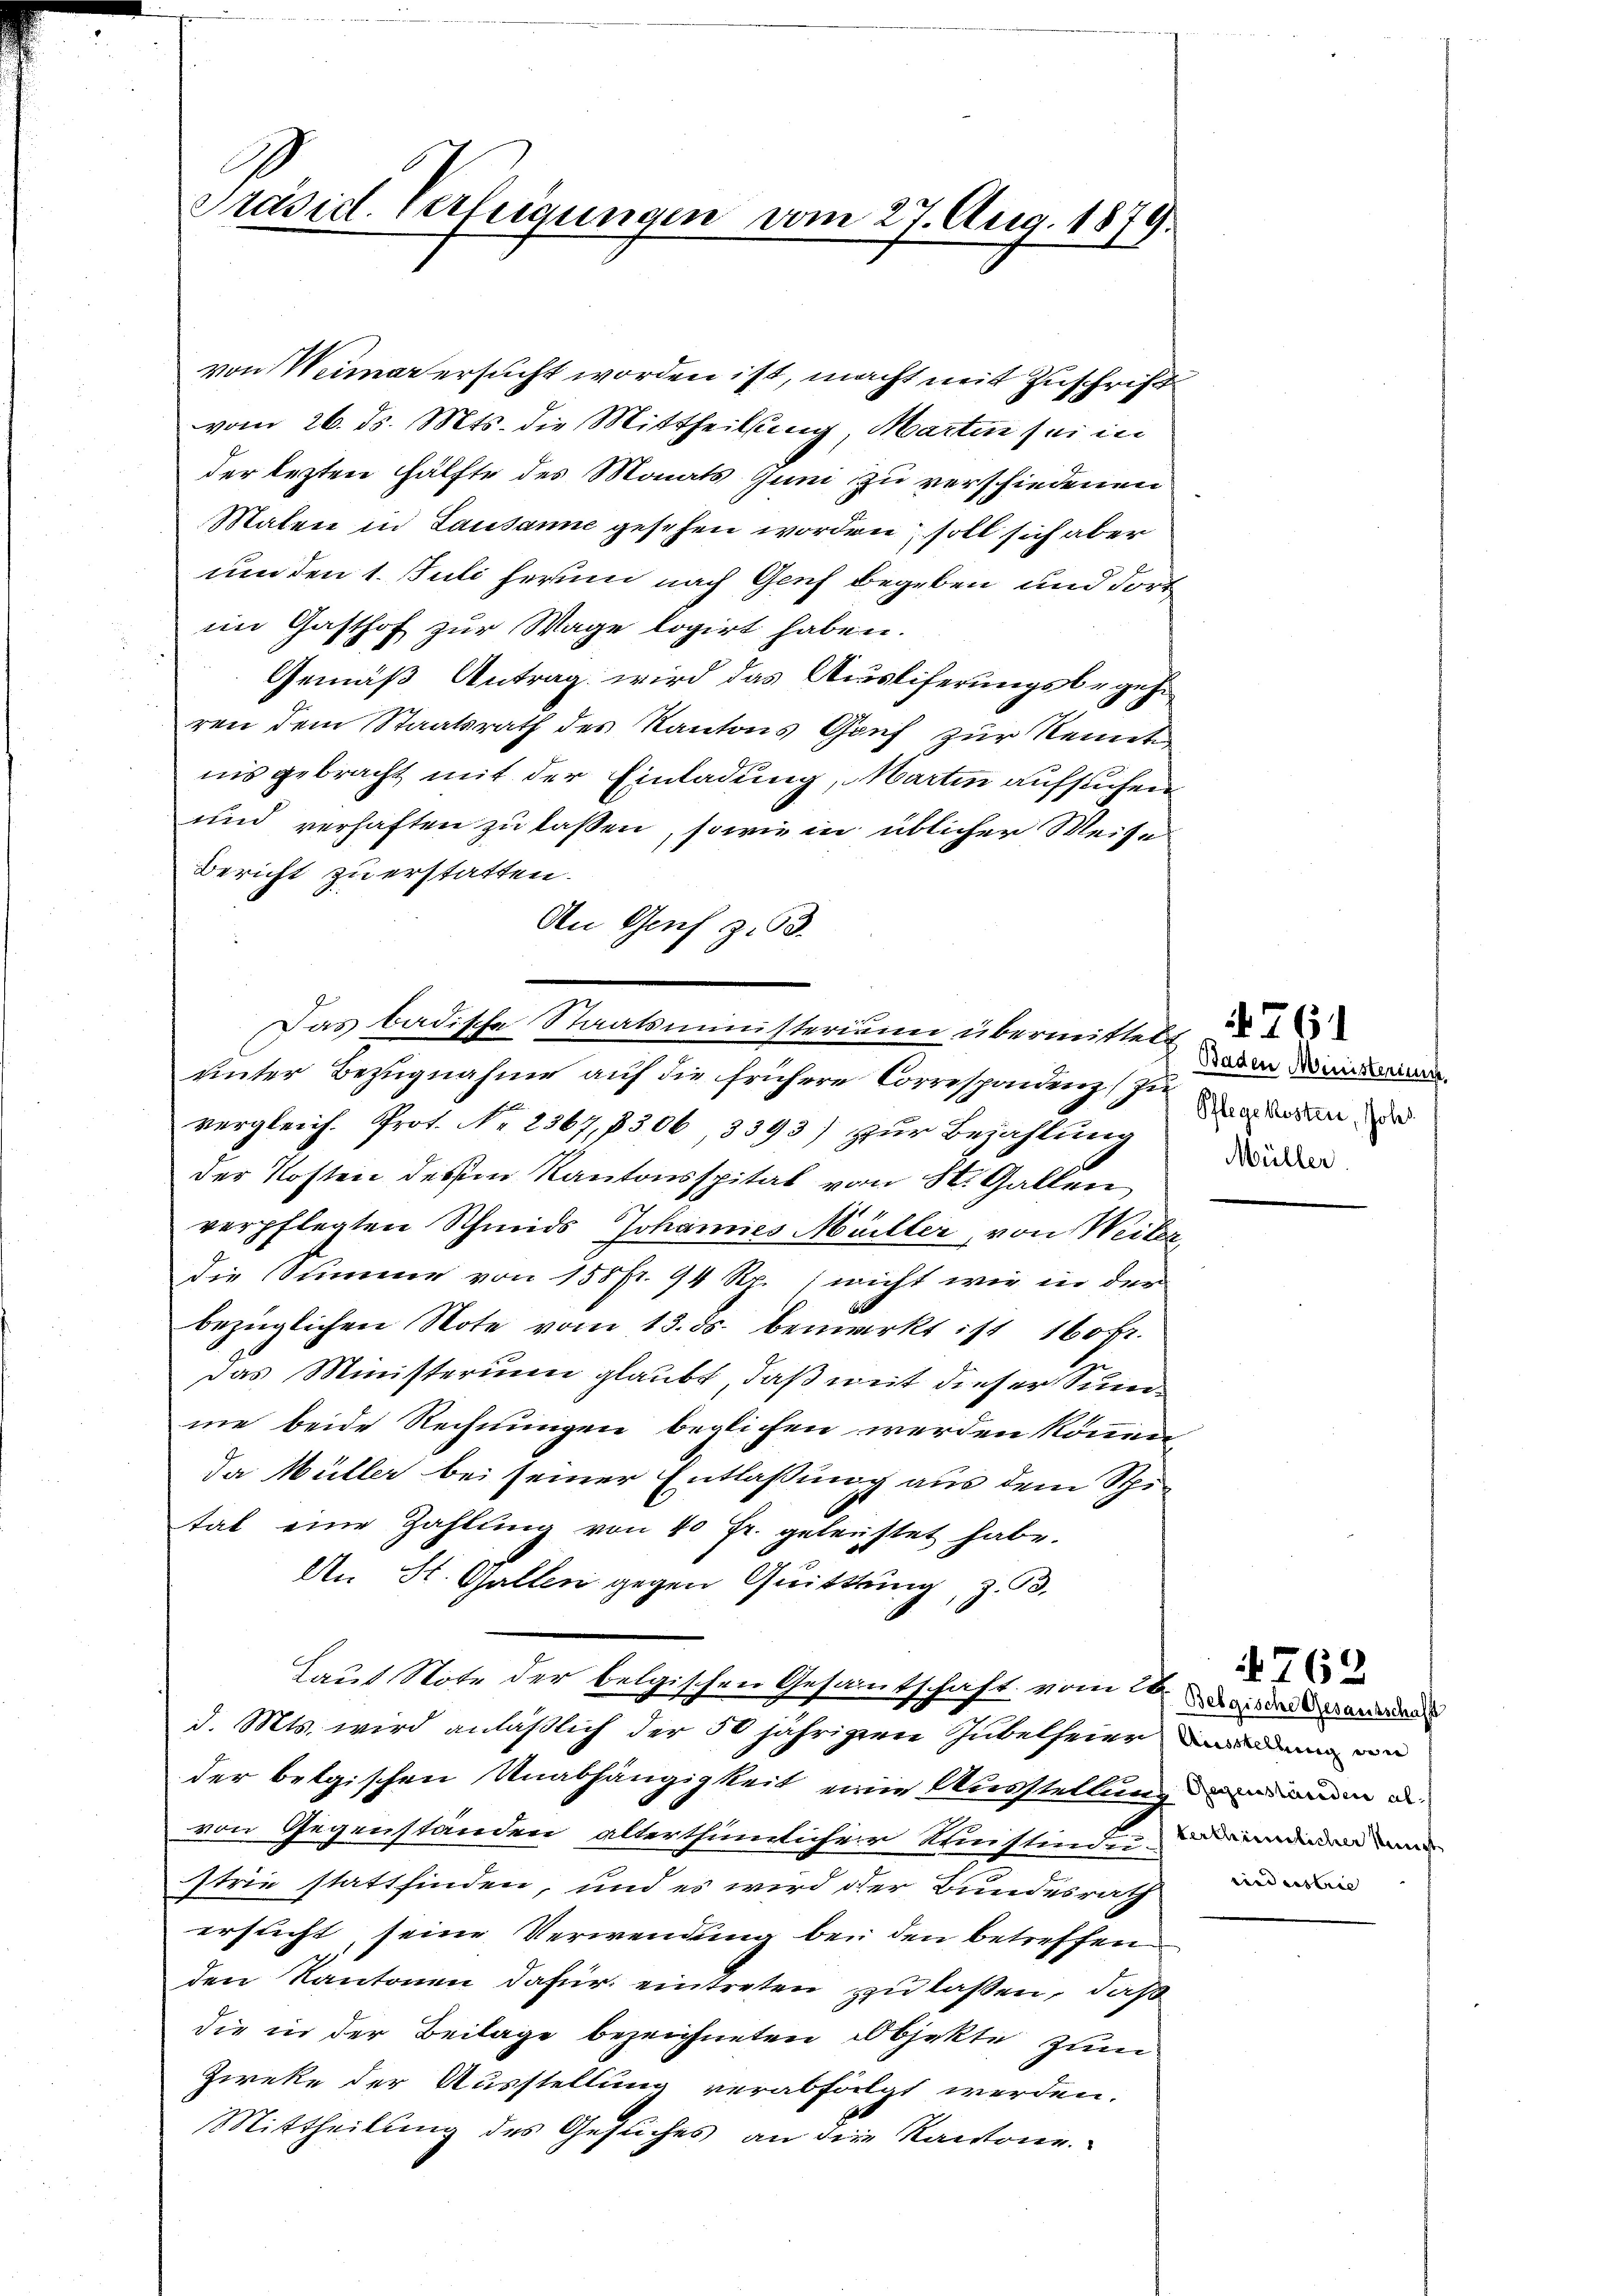
Präsid. Verfügungen vom 27. Aug. 1879.

von Weimar ersucht worden ist, macht mit Zuschrift
vom 26. ds. Mts. die Mittheilung, Martin sei in
der lezten Hälfte des Monats Juni zu verschiedenen
Malen in Lausanne gesehen worden, soll sich aber
um den 1. Juli herum nach Genf begeben und dort
im Gasthof zur Wage logirt haben.
Gemäß Antrag wird das Ausliferungsbegehr
ren dem Staatsrath des Kantons Genf zur Kennt,
nis gebracht mit der Einladung, Martin aufsuchen
und verhaften zu lassen, sowie in üblicher Weise
Bericht zu erstatten.
An Genf z. 63.
unter Bezugnahme auf die frühere Correspondenz zu
vergleich. Prot. Nr. 2367, 306, 3393) zur Bezahlung
der Kosten dessem Kantonsspital von St. Gallen
verpflegten Schmids Johannes Müller, von Weiter
die Summe von 155 fr. 94 Rp. nicht wie in der
bezüglichen Note vom 13. ds. bemerkt ist 160 fr.
das Ministerium glaubt, daß mit dieser Summe beide Rechnungen beglichen werden können,
da Müller bei seiner Entlaßung aus dem Stitat eine Zahlŭng von 40 Fr. geleistet habe.
An St. Gallen gegen Quittung, z. B.
Laut Note der belgischen Gesamtschaft vom Deine and
d. Mts. wird anläßlich der 50 jährigen Jubelfeier den an
der belgischen Unabhängigkeit eine Ausstellung an ein u
von Gegenstanden alterthümlicher Ministindun
strie stattfinden, und es wird der Bundesrath
ersucht, seine Verwendung bei den betreffen
den Kantonen dafür eintreten zu laßen, daß
die in der Beilage bezeichneten Objekte zum
Zieke der Ausstellung verabfolgt werden.
Mittheilung des Gesuches an die Kantone.

Das badische Staatsministerium übermittelt

Baden Ministerium
Pflegekoster, Johs.
Müller

4762